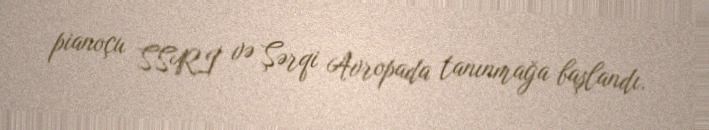
pianoçu SSRİ və Şərqi Avropada tanınmağa başlandı.